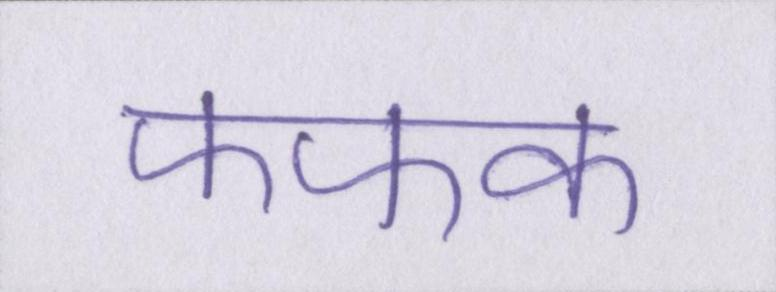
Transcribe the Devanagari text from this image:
फफक